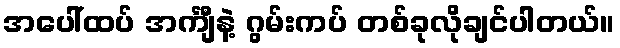
အပေါ်ထပ် အင်္ကျီနဲ့ ဂွမ်းကပ် တစ်ခုလိုချင်ပါတယ်။